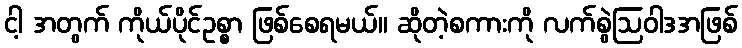
ငါ့ အတွက် ကိုယ်ပိုင်ဥစ္စာ ဖြစ်စေရမယ်။ ဆိုတဲ့စကားကို လက်စွဲဩဝါဒအဖြစ်